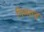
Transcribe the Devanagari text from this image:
निम्माच